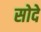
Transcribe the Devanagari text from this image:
सोदे